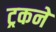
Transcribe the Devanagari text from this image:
ट्रकने